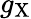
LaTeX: g_{\mathrm{X}}